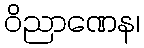
ဝိညာဏေန၊